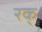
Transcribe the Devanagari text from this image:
रक्